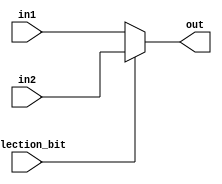
`timescale 1ns / 1ns

module MUX_2X1( in1, in2, selection_bit, out);

input [31:0] in1, in2;
input selection_bit;
output reg [31:0] out;

always @(*)
begin
	if (selection_bit)
		out = in2;
	else
		out = in1;
end

endmodule